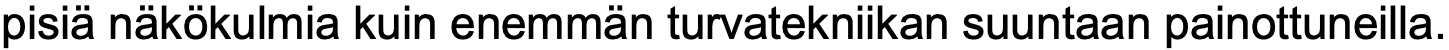
pisiä näkökulmia kuin enemmän turvatekniikan suuntaan painottuneilla.